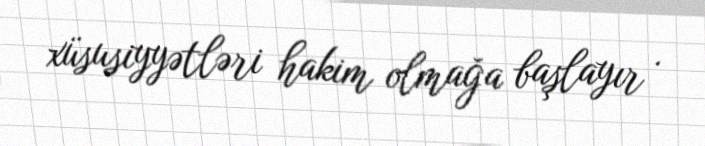
xüsusiyyətləri hakim olmağa başlayır .